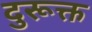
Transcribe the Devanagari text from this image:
दुरूक्त